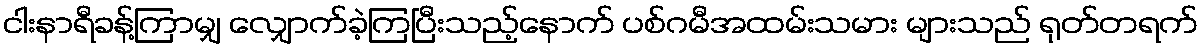
ငါးနာရီခန့်ကြာမျှ လျှောက်ခဲ့ကြပြီးသည့်နောက် ပစ်ဂမီအထမ်းသမား များသည် ရုတ်တရက်